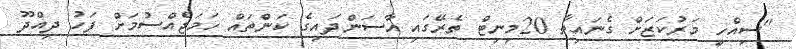
"ސިއްހީ މަރުކަޒަށް ގެނައިތާ 20މިނިޓް ތެރޭގައި އާސަންދައިގެ ކަންތައް ހަމަޖެއްސުމަށް ފަހު ދިއްދޫ